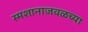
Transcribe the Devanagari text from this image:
स्मशानाजवळच्या